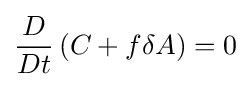
{\frac {D}{Dt}}\left(C+f\delta A\right)=0